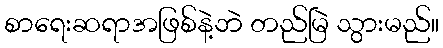
စာရေးဆရာအဖြစ်နဲ့ဘဲ တည်မြဲ သွားမည်။